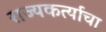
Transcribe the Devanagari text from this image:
राज्यकर्त्याचा